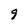
Character: 9